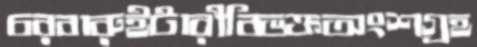
চরবারুইটারীবিভক্তঅংশগ্রহ